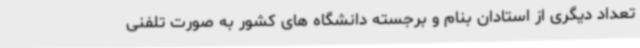
تعداد دیگری از استادان بنام و برجسته دانشگاه های کشور به صورت تلفنی